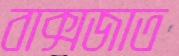
বাক্সজাত